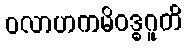
ဝလာဟကမိဝဒ္ဓဂူတိ